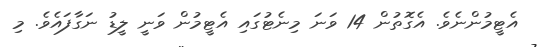
އެޓީމުންނެވެ. އެގޮތުން 14 ވަނަ މިނެޓުގައި އެޓީމުން ވަނީ ލީޑު ނަގާފައެވެ. މި